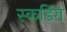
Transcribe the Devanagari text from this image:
स्कडिंग